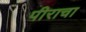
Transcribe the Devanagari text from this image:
पीराचा